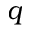
q